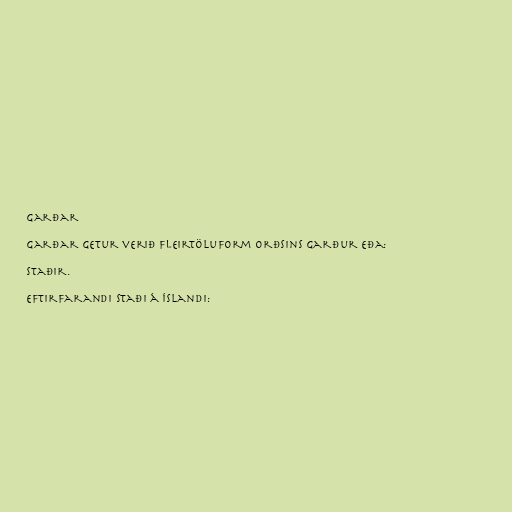
Garðar

Garðar getur verið fleirtöluform orðsins garður eða:

Staðir.

Eftirfarandi staði á Íslandi: